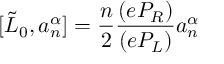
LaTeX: [ \tilde { L } _ { 0 } , a _ { n } ^ { \alpha } ] = \frac { n } { 2 } \frac { ( e P _ { R } ) } { ( e P _ { L } ) } a _ { n } ^ { \alpha }